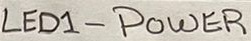
Text: LED1 - POWER